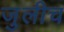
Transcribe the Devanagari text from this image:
जुलीच